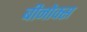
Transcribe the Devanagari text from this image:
बीनोक्स